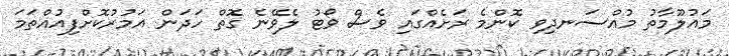
މައުލޫމާތު މުއްސަނދިވި ކޮންމެ ރަށެއްގައި ވެސް ވޯޓު ލެވޭނެ ގޮތް ހަދަން އަމުރުކޮށްފިއުއްތަމަ